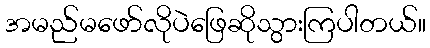
အမည်မဖော်လိုပဲဖြေဆိုသွားကြပါတယ်။